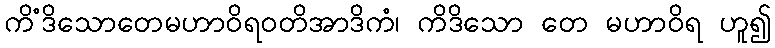
ကိံဒိသောတေမဟာဝိရဝတိအာဒိကံ၊ ကိဒိသော တေ မဟာဝိရ ဟူ၍